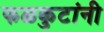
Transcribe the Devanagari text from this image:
फळकुटांनी